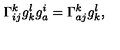
\Gamma _ { i j } ^ { k } g _ { k } ^ { l } g _ { a } ^ { i } = \Gamma _ { a j } ^ { k } g _ { k } ^ { l } ,